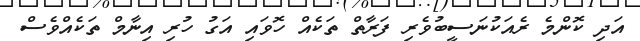
އަދި ކޮންމެ ރެއަކުނަސީބުވެރި ފަރާތް ތަކެއް ހޮވައި އަގު ހުރި އިނާމް ތަކެއްވެސް